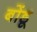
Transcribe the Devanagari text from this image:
बोंडू